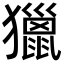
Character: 獵